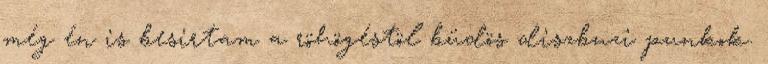
még én is besirtam a röhögéstöl büdös diszbuzi punkok.